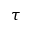
\tau